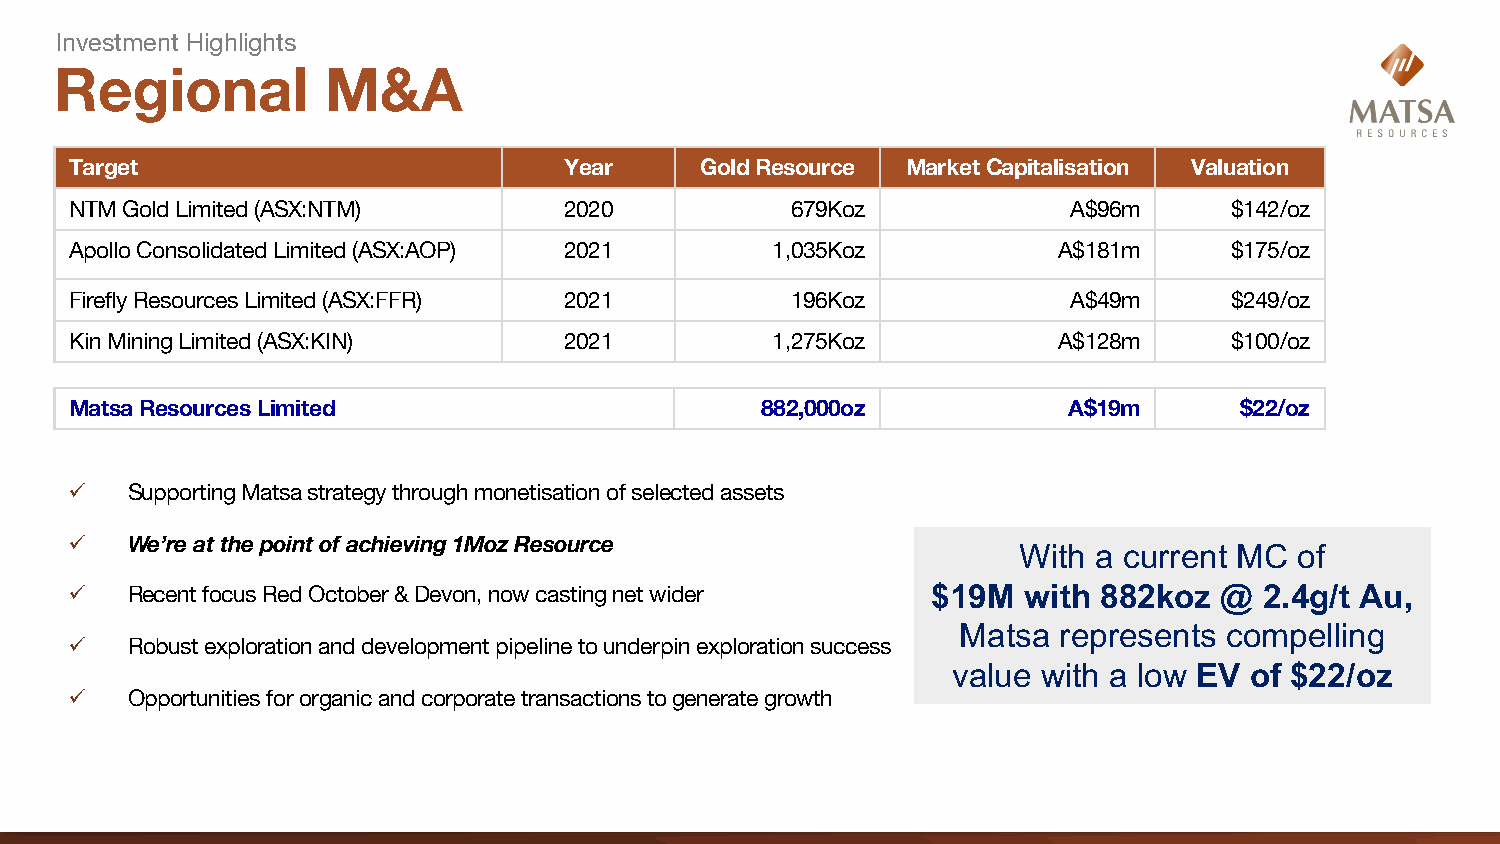
Investment Highlights
 Regional          M&A
 Target                          Year     Gold Resource Market Capitalisation Valuation
 NTM Gold Limited (ASX:NTM)      2020           679Koz             A$96m     $142/oz
 Apollo Consolidated Limited (ASX:AOP) 2021    1,035Koz           A$181m     $175/oz
 Firefly Resources Limited (ASX:FFR) 2021       196Koz             A$49m     $249/oz
 Kin Mining Limited (ASX:KIN)    2021          1,275Koz           A$128m     $100/oz
 Matsa Resources Limited                      882,000oz            A$19m      $22/oz
 ü  Supporting Matsa strategy through monetisation of selected assets
 ü  We’re at the point of achieving 1Moz Resource
 With  a current MC of
 ü  Recent focus Red October & Devon, now casting net wider $19M with 882koz @  2.4g/t Au,
 Matsa represents compelling
 ü  Robust exploration and development pipeline to underpin exploration success
 value with a low EV of $22/oz
 ü  Opportunities for organic and corporate transactions to generate growth